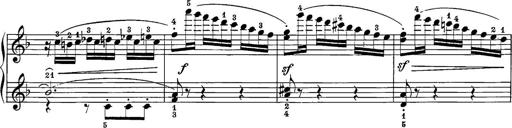
Title: 12 Sonatine per Pianoforte
Composer: Friedrich Kuhlau